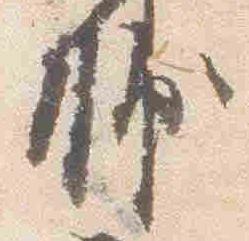
輔